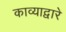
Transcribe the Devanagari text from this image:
काव्याद्वारे